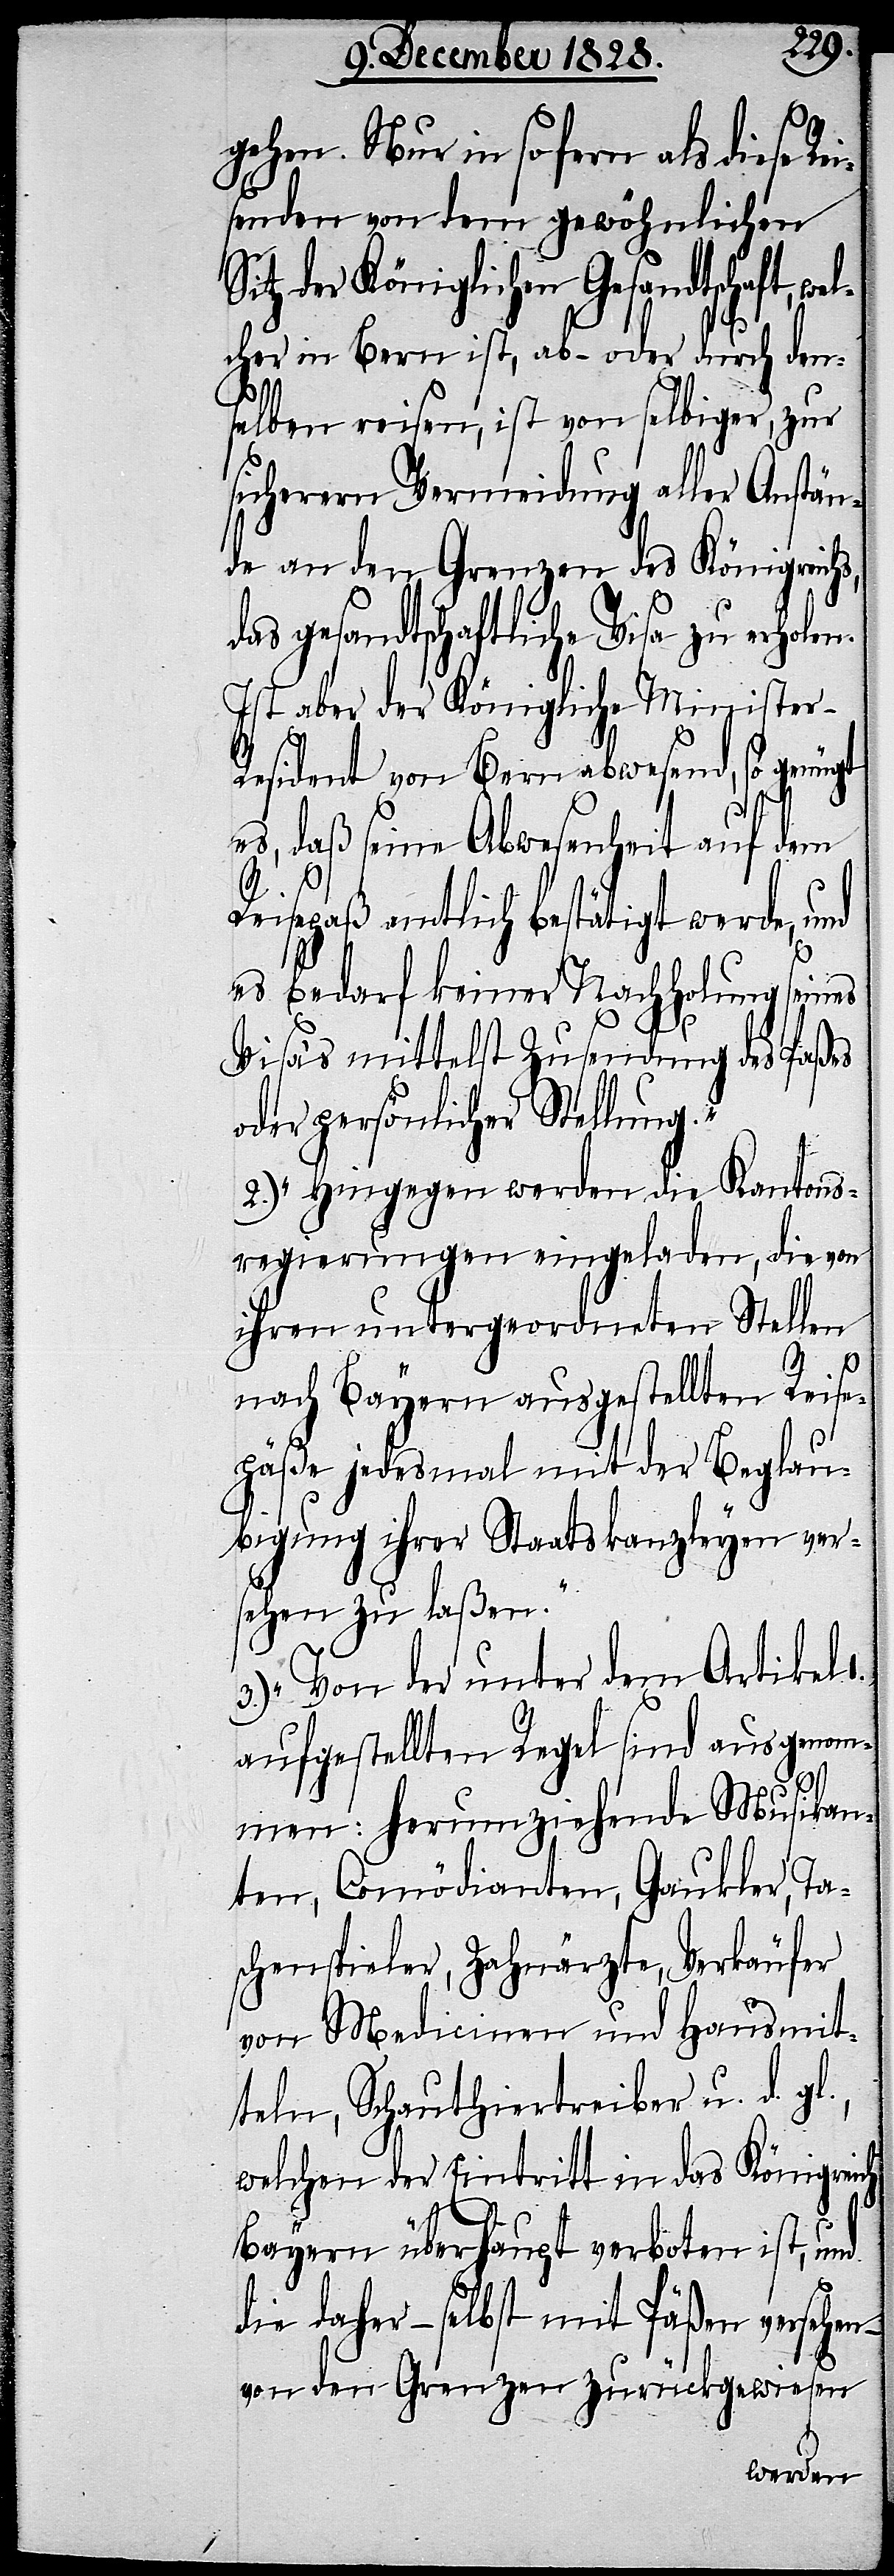
1.

gehen. Nur in so fern als diese Re¬
isenden von dem gewöhnlichen
Sitz der Königlichen Gesandtschaft, we¬
lcher in Bern ist, ab- oder durch den¬
selben reisen, ist von selbiger, zur
sicherern Vermeidung aller Anstän¬
de an den Grenzen des Königreichs,
r-R¬
das gesandtschaftliche Visa zu erholen.
Ist aber der Königliche Ministe¬
esident von Bern abwesend, so genügt
ch
es, daß seine Abwesenheit auf dem
Reisepaß amtlich bestätigt werde, u¬
nd
es bedarf keiner Nachholung seines
Visas mittelst Zusendung des Paßes
oder persönlicher Stellung.“
2.) „Hingegen werden die Kantons¬
regierungen eingeladen, die von
ihren untergeordneten Stelle¬
n
nach Bayern ausgestellten Reise¬
päße jedesmal mit der Beglau¬
bigung ihrer Staatskanzleyen ver¬
sehen zu laßen.“
3.) „Von der unter dem Artikel
aufgestellten Regel sind ausgenom¬
men: herumziehende Musikan¬
ten, Comödianten, Gaukler, Ta¬
schenspieler, Zahnärzte, Verkäufer
von Medicinen und Hausmit¬
teln, Schauthiertreiber u. d. g¬
welchen der Eintritt in das Königrei¬
Bayern überhaupt verboten ist, und
die daher – selbst mit Päßen versehen
von den Grenzen zurückgewiesen